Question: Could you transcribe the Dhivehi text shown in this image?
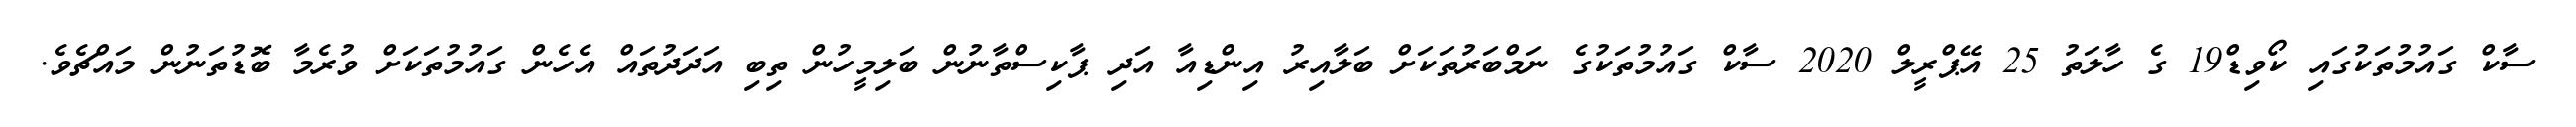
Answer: ސާކް ގައުމުތަކުގައި ކޯވިޑް19 ގެ ހާލަތު 25 އޭޕްރީލް 2020 ސާކް ގައުމުތަކުގެ ނަމްބަރުތަކަށް ބަލާއިރު އިންޑިއާ އަދި ޕާކިސްތާނުން ބަލިމީހުން ތިބި އަދަދުތައް އެހެން ގައުމުތަކަށް ވުރެމާ ބޮޑުތަނުން މައްޗެވެ.